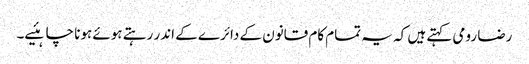
رضا رومی کہتے ہیں کہ یہ تمام کام قانون کے دائرے کے اندر رہتے ہوئے ہونا چاہئیے۔